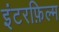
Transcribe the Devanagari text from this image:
इंटरफ़िल्म